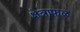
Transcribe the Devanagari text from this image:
क्षेत्राफळ